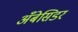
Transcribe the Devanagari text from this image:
अँबेसिडर